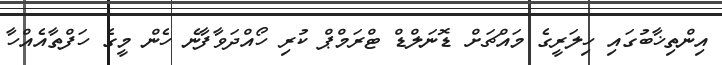
އިންތިޚާބުގައި ހިލަރީގެ މައްޗަށް ޑޮނަލްޑް ޓްރަމްޕް ކުރި ހޯއްދަވާފާނެ ހެން މީގެ ހަފްތާއެއްހާ